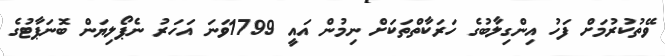
ވޭތުކުރުމަށް ފަހު އިންގިލާބުގެ ހަރަކާތްތަކަށް ނިމުން އައީ 1799ވަނަ އަހަރު ނެޕޯލިޔަން ބޮނަޕާޓުގެ